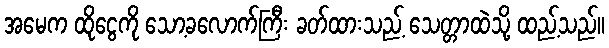
အမေက ထိုငွေကို သော့ခလောက်ကြီး ခတ်ထားသည့် သေတ္တာထဲသို့ ထည့်သည်။